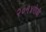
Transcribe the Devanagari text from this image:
२०१४रोजी